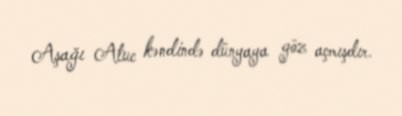
Aşağı Atuc kəndində dünyaya göz açmışdır.